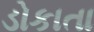
ડોકાતા